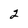
Character: 2